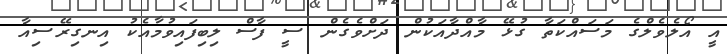
އީ އޯލެވެލްގެ މަސައްކަތާ ގުޅޭ މާއްދާއަކުން ދަށްވެގެން ސީ ފާސް ލިބިފައިވުމާއެކު އިނގިރޭސިއާ